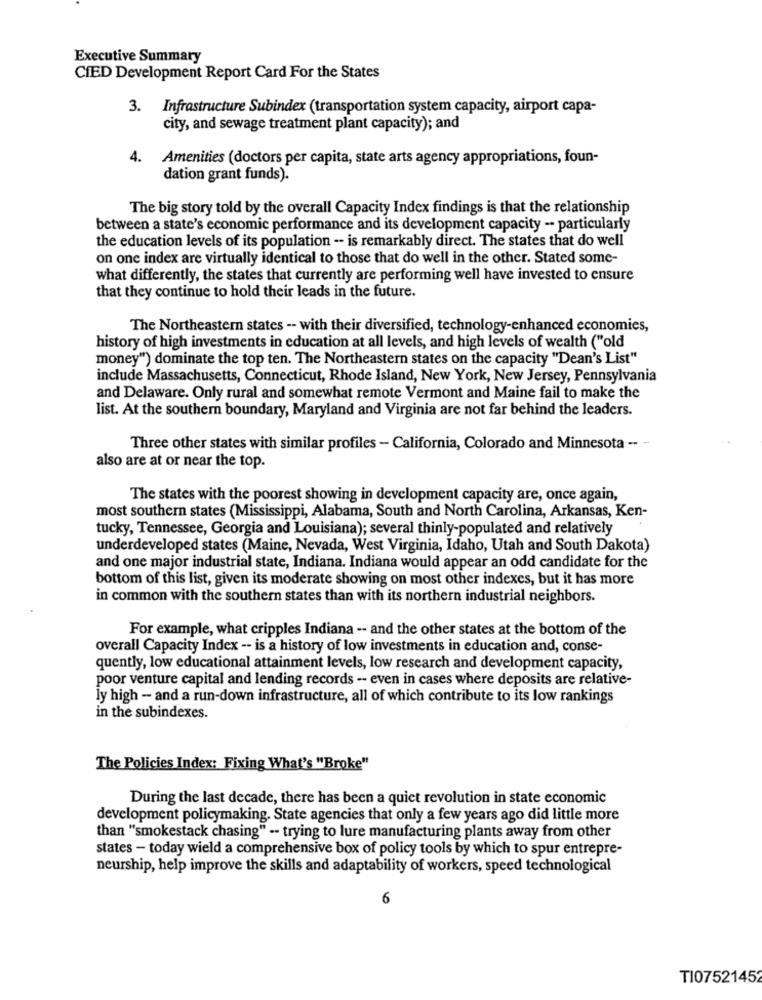
Executive Summary
CIED Development Report Card For the States
3. Infrastructure Subindex (transportation system capacity, airport capa-
city, and sewage treatment plant capacity); and
4.
Amenities (doctors per capita, state arts agency appropriations, foun-
dation grant funds).
The big story told by the overall Capacity Index findings is that the relationship
between a state's economic performance and its development capacity -· particularly
the education levels of its population -- is remarkably direct. The states that do well
on one index are virtually identical to those that do well in the other. Stated some-
what differently, the states that currently are performing well have invested to ensure
that they continue to hold their leads in the future.
The Northeastern states -- with their diversified, technology-enhanced economies,
history of high investments in education at all levels, and high levels of wealth ("old
money") dominate the top ten. The Northeastern states on the capacity "Dean's List"
include Massachusetts, Connecticut, Rhode Island, New York, New Jersey, Pennsylvania
and Delaware. Only rural and somewhat remote Vermont and Maine fail to make the
list. At the southern boundary, Maryland and Virginia are not far behind the leaders.
Three other states with similar profiles - California, Colorado and Minnesota -- -
also are at or near the top.
The states with the poorest showing in development capacity are, once again,
most southern states (Mississippi, Alabama, South and North Carolina, Arkansas, Ken-
tucky, Tennessee, Georgia and Louisiana); several thinly-populated and relatively
underdeveloped states (Maine, Nevada, West Virginia, Idaho, Utah and South Dakota)
and one major industrial state, Indiana. Indiana would appear an odd candidate for the
bottom of this list, given its moderate showing on most other indexes, but it has more
in common with the southern states than with its northern industrial neighbors.
For example, what cripples Indiana -- and the other states at the bottom of the
overall Capacity Index -- is a history of low investments in education and, conse-
quently, low educational attainment levels, low research and development capacity,
poor venture capital and lending records -- even in cases where deposits are relative-
ly high - and a run-down infrastructure, all of which contribute to its low rankings
in the subindexes.
The Policies Index: Fixing What's "Broke"
During the last decade, there has been a quiet revolution in state economic
development policymaking. State agencies that only a few years ago did little more
than "smokestack chasing" -- trying to lure manufacturing plants away from other
states - today wield a comprehensive box of policy tools by which to spur entrepre-
neurship, help improve the skills and adaptability of workers, speed technological
6
TI07521452